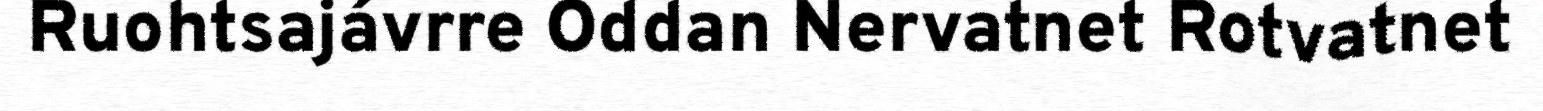
Ruohtsajávrre Oddan Nervatnet Rotvatnet